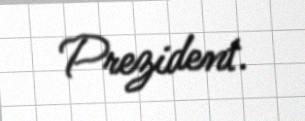
Prezident.